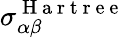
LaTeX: \sigma_{\alpha\beta}^{\mathrm{~H~a~r~t~r~e~e~}}